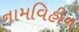
નામવિહીન